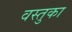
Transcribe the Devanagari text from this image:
वस्‍तुका